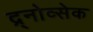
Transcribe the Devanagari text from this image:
द्र्नोव्सेक